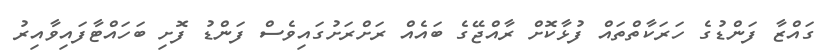
ގައްޒާ ފަންޑުގެ ހަރަކާތްތައް ފުޅާކޮށް ރާއްޖޭގެ ބައެއް ރަށްރަށުގައިވެސް ފަންޑު ފޮށި ބަހައްޓާފައިވާއިރު